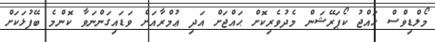
މޯލްޑިވްސް ޙައްޖު ކޯޕަރޭޝަން މެދުވެރިކޮށް ޙައްޖަށް އަދި ޢުމްރާއަށް ވަޑައިގަންނަވާ ކޮންމެ ބޭފުޅަކަށް